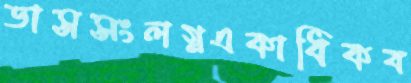
ডাসসংলগ্নএকাধিকব